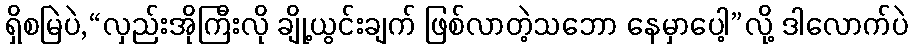
ရှိစမြဲပဲ,“လှည်းအိုကြီးလို ချို့ယွင်းချက် ဖြစ်လာတဲ့သဘော နေမှာပေါ့”လို့ ဒါလောက်ပဲ